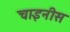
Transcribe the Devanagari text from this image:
चाइनीस